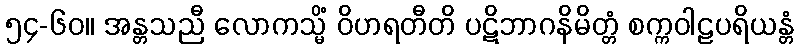
၅၄-၆၀။ အန္တသညီ လောကသ္မိံ ဝိဟရတီတိ ပဋိဘာဂနိမိတ္တံ စက္ကဝါဠပရိယန္တံ